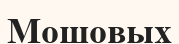
Мошовых